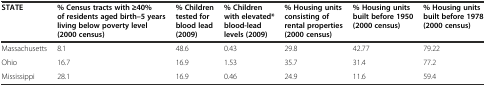
<table><thead><tr><td><b>STATE</b></td><td><b>% Census tracts with ≥40% of residents aged birth–5 years living below poverty level (2000 census)</b></td><td><b>% Children tested for blood lead (2009)</b></td><td><b>% Children with elevated* blood-lead levels (2009)</b></td><td><b>% Housing units consisting of rental properties (2000 census)</b></td><td><b>% Housing units built before 1950 (2000 census)</b></td><td><b>% Housing units built before 1978 (2000 census)</b></td></tr></thead><tbody><tr><td>Massachusetts</td><td>8.1</td><td>48.6</td><td>0.43</td><td>29.8</td><td>42.77</td><td>79.22</td></tr><tr><td>Ohio</td><td>16.7</td><td>16.9</td><td>1.53</td><td>35.7</td><td>31.4</td><td>77.2</td></tr><tr><td>Mississippi</td><td>28.1</td><td>16.9</td><td>0.46</td><td>24.9</td><td>11.6</td><td>59.4</td></tr></tbody></table>